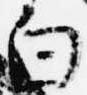
白